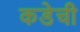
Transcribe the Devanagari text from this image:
कडेची